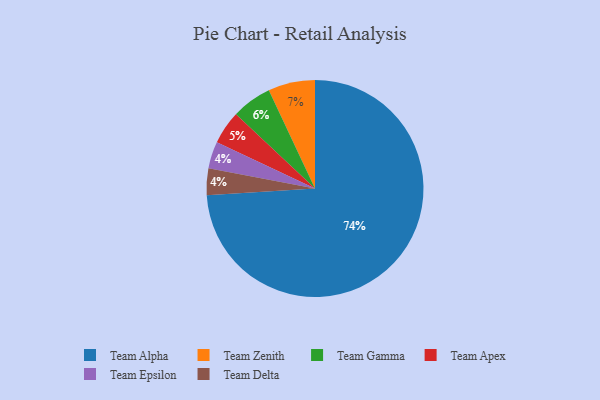
{"axis": {"x": "Category", "y": "Percentage"}, "legend": ["Team Alpha", "Team Apex", "Team Delta", "Team Epsilon", "Team Gamma", "Team Zenith"], "data": [{"x": "Team Apex", "y": 5, "type": "Team Apex"}, {"x": "Team Zenith", "y": 7, "type": "Team Zenith"}, {"x": "Team Epsilon", "y": 4, "type": "Team Epsilon"}, {"x": "Team Gamma", "y": 6, "type": "Team Gamma"}, {"x": "Team Delta", "y": 4, "type": "Team Delta"}, {"x": "Team Alpha", "y": 74, "type": "Team Alpha"}]}